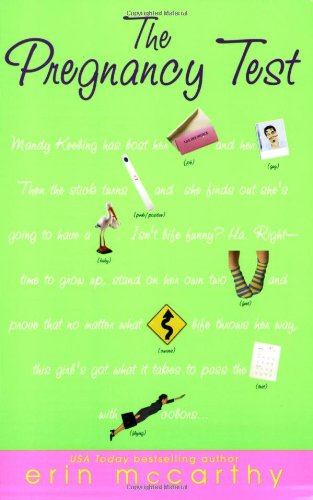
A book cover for The Pregnancy Test; Erin McCarthy; Travel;